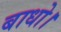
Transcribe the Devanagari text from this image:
बाधो।